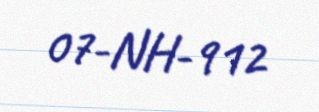
07-NH-912